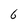
Character: 6